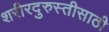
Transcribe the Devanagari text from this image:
शरीरदुरुस्तीसाठी